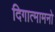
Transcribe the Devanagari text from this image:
दिगात्मामनो